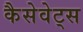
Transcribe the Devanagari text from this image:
कैसेवेट्स